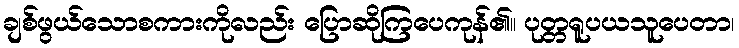
ချစ်ဖွယ်သောစကားကိုလည်း ပြောဆိုကြပေကုန်၏။ ပုတ္တရူပယသူပေတာ၊